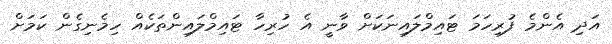
އަދި އެންމެ ފުރިހަމަ ޓައިމްލައިނަކަށް ވާނީ އެ ހުރިހާ ޓައިމްލައިންތަކެއް ހިމެނިގެން ކަމަށް